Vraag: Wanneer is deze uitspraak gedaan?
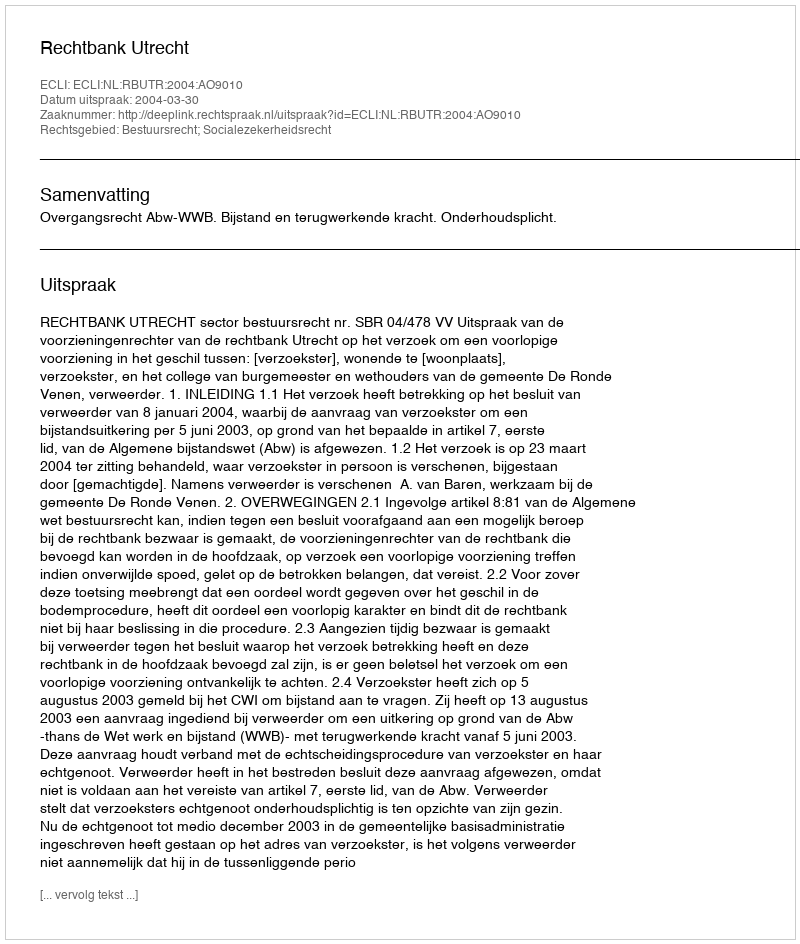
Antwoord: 2004-03-30